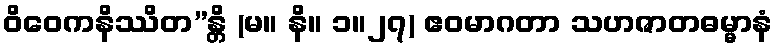
ဝိဝေကနိဿိတ”န္တိ (မ။ နိ။ ၁။၂၇) ဧဝမာဂတာ သဟဇာတဓမ္မာနံ